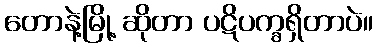
တောနဲ့မြို့ ဆိုတာ ပဋိပက္ခရှိတာပဲ။